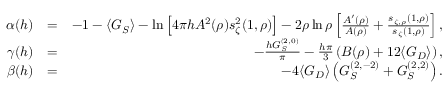
\begin{array} { r l r } { \alpha ( h ) } & { = } & { - 1 - \langle G _ { S } \rangle - \ln \left[ 4 \pi h A ^ { 2 } ( \rho ) s _ { \zeta } ^ { 2 } ( 1 , \rho ) \right] - 2 \rho \ln \rho \left[ \frac { A ^ { \prime } ( \rho ) } { A ( \rho ) } + \frac { s _ { \zeta , \rho } ( 1 , \rho ) } { s _ { \zeta } ( 1 , \rho ) } \right] , } \\ { \gamma ( h ) } & { = } & { - \frac { h G _ { S } ^ { ( 2 , 0 ) } } { \pi } - \frac { h \pi } { 3 } \left( B ( \rho ) + 1 2 \langle G _ { D } \rangle \right) , } \\ { \beta ( h ) } & { = } & { - 4 \langle G _ { D } \rangle \left( G _ { S } ^ { ( 2 , - 2 ) } + G _ { S } ^ { ( 2 , 2 ) } \right) . } \end{array}